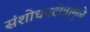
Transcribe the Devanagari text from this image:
संशोधनक्षेत्रांमुळे